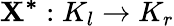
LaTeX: \mathbf{X^{*}}:K_{l}\to K_{r}